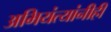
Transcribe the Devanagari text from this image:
अभियंत्यांनीही